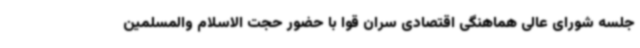
جلسه شورای عالی هماهنگی اقتصادی سران قوا با حضور حجت الاسلام والمسلمین